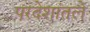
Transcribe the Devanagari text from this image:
परदेशांतले